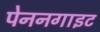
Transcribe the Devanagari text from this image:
पेननगाइट